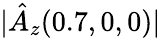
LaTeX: |\hat{A}_{z}(0.7,0,0)|